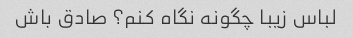
لباس زیبا چگونه نگاه کنم؟ صادق باش